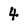
Character: 4